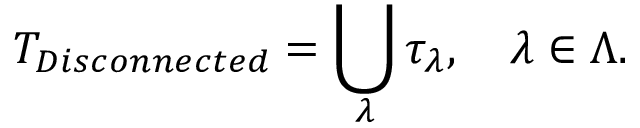
{ \cal T } _ { D i s c o n n e c t e d } = \bigcup _ { \lambda } \tau _ { \lambda } , \quad \lambda \in \Lambda .